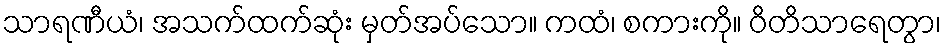
သာရဏီယံ၊ အသက်ထက်ဆုံး မှတ်အပ်သော။ ကထံ၊ စကားကို။ ဝိတိသာရေတွာ၊